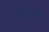
ઈરાન